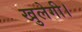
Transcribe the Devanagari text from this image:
खुलेगी।